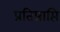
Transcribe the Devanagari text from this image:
प्रतिप्राप्ति